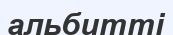
альбитті